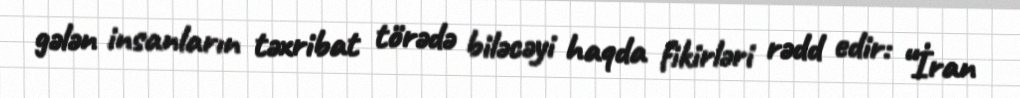
gələn insanların təxribat törədə biləcəyi haqda fikirləri rədd edir: “İran